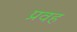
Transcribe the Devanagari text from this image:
प्रवह